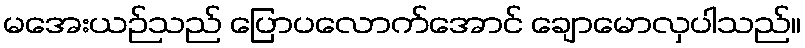
မအေးယဉ်သည် ပြောပလောက်အောင် ချောမောလှပါသည်။